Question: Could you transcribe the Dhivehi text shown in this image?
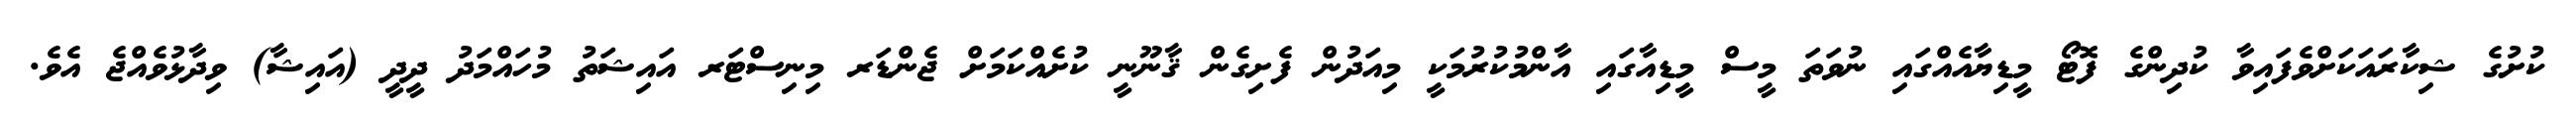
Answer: ކުށުގެ ޝިކާރައަކަށްވެފައިވާ ކުދިންގެ ފޮޓޯ މީޑިޔާއެއްގައި ނުވަތަ މީސް މީޑިއާގައި އާންމުކުރުމަކީ މިއަދުން ފެށިގެން ޤާނޫނީ ކުށެއްކަމަށް ޖެންޑަރ މިނިސްޓަރ އައިޝަތު މުހައްމަދު ދީދީ (އައިޝާ) ވިދާޅުވެއްޖެ އެވެ.